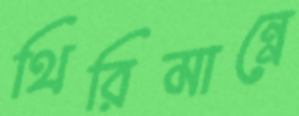
থিরিমান্নে